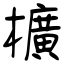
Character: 櫎